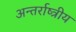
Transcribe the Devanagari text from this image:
अन्तर्राष्त्रीय